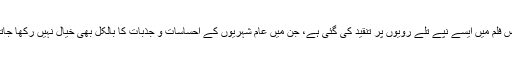
اس فلم میں ایسے نپے تُلے رویّوں پر تنقید کی گئی ہے، جن میں عام شہریوں کے احساسات و جذبات کا بالکل بھی خیال نہیں رکھا جاتا۔